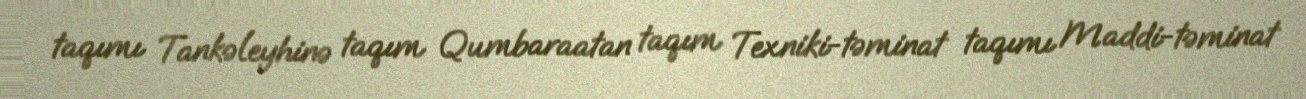
taqımı Tankəleyhinə taqım Qumbaraatan taqım Texniki-təminat taqımı Maddi-təminat